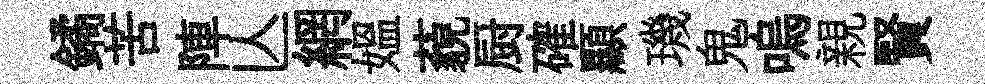
鐍苦陣亾網媪藐厨確顯璣鬼嗚親賢